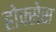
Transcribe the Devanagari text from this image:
होक्सेस